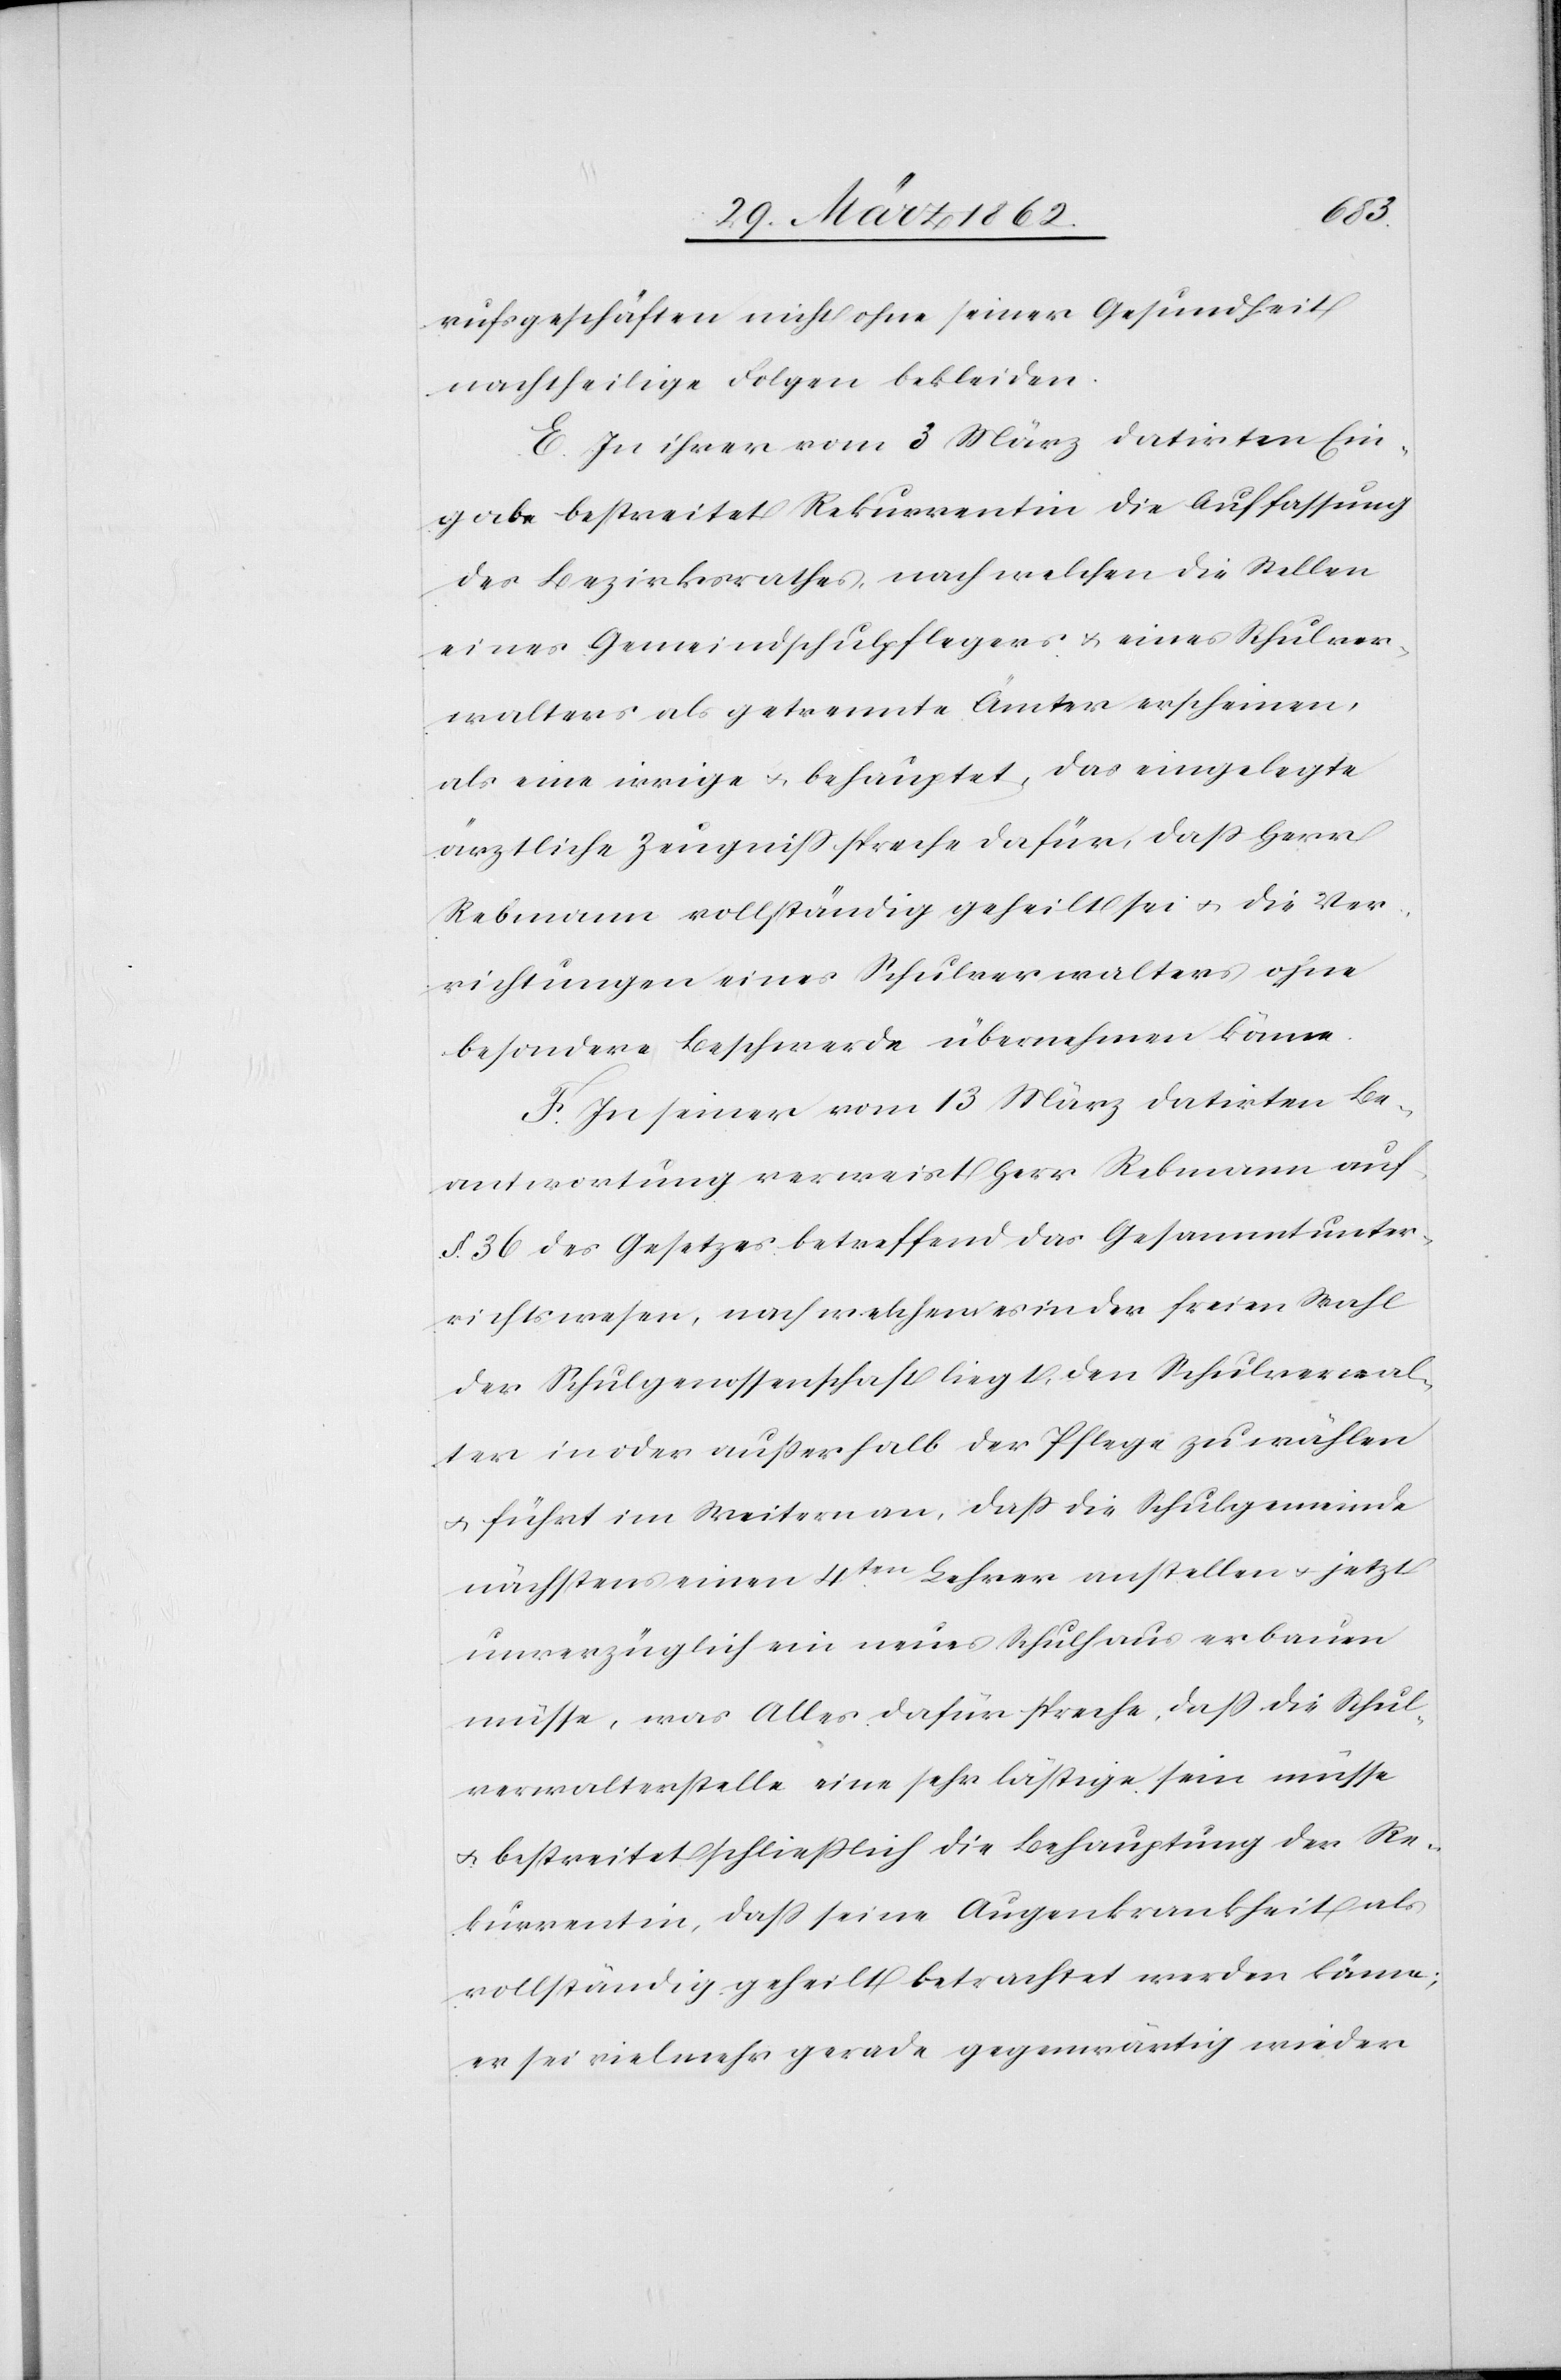
rufsgeschäften nicht ohne seiner Gesundheit
nachtheilige Folgen bekleiden.
E. In ihrer vom 3 März datirten Ein¬
gabe bestreitet Rekurrentin die Aufassung
des Bezirksrathes, nach welchen [sic!] die Stellen
eines Gemeindschulpflegers u. eines Schulver¬
walters als getrennte Ämter erscheinen,
als eine irrige u. behauptet, das eingelegte
ärztliche Zeugniß spreche dafür, daß Herr
Rebmann vollständig geheilt sei u. die Ver¬
richtungen eines Schulverwalters ohne
besondere Beschwerde übernehmen könne.
F. In seiner vom 13 März datirten Be¬
antwortung verweist Herr Rebmann auf
§. 36 des Gesetzes betreffend das Gesammtunter¬
richtswesen, nach welchem es in der freien Wahl
der Schulgenossenschaft liegt, den Schulverwal¬
ter in oder außerhalb der Pflege zu wählen
u. führt im Weitern an, daß die Schulgemeinde
nächstens einen 4ten. Lehrer anstellen u. jetzt
unverzüglich ein neues Schulhaus erbauen
müsse, was Alles dafür spreche, daß die Schul¬
verwalterstelle eine sehr lästige sein müsse
u. bestreitet schließlich die Behauptung der Re¬
kurrentin, daß seine Augenkrankheit als
vollständig geheilt betrachtet werden könne;
er sei vielmehr gerade gegenwärtig wieder